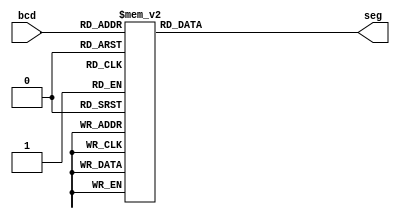
`timescale 1ns / 1ps
//////////////////////////////////////////////////////////////////////////////////
// Company: 
// Engineer: 
// 
// Design Name: 
// Module Name: segment7
// Project Name: 
// Target Devices: 
// Tool Versions: 
// Description: 
// 
// Dependencies: 
// 
// Revision:
// Revision 0.01 - File Created
// Additional Comments:
// 
//////////////////////////////////////////////////////////////////////////////////


module segment7(
    input [3:0] bcd,
    output reg [6:0]seg
    );
    
    always @(bcd) 
    begin 
        case (bcd) //          GFEDCBA
            4'b0000 : seg = 7'b1000000;
            4'b0001 : seg = 7'b1111001; 
            4'b0010 : seg = 7'b0100100; 
            4'b0011 : seg = 7'b0110000; 
            4'b0100 : seg = 7'b0011001; 
            4'b0101 : seg = 7'b0010010; 
            4'b0110 : seg = 7'b0000010; 
            4'b0111 : seg = 7'b1111000; 
            4'b1000 : seg = 7'b0000000;
            4'b1001 : seg = 7'b0011000; 
            default : seg = 7'b0000000;
        endcase 
    end 
    
endmodule